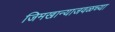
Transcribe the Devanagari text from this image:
जिमखान्याजवळच्या